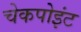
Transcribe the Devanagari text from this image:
चेकपोइंट